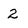
Character: 2